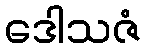
ဒေါသဇံ